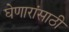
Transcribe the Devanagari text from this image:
घेणारांसाठी